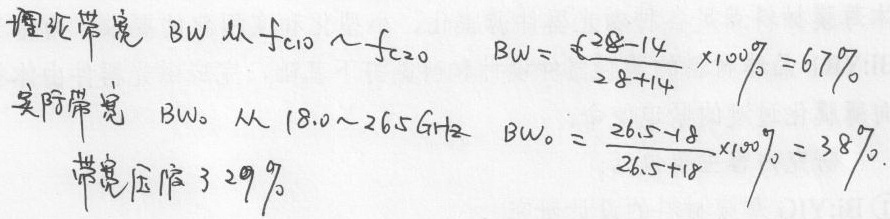
理论带宽 \(BW\) 从 \(f_{c10}\sim f_{c20}\)
\(BW = \frac{28 - 14}{28 + 14}\times100\%=67\%\)
实际带宽 \(BW_0\) 从 \(18.0\sim26.5\text{GHz}\)
\(BW_0=\frac{26.5 - 18}{26.5 + 18}\times100\% = 38\%\)
带宽压缩了 \(29\%\)